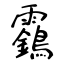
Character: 靎